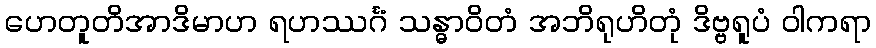
ဟေတူတိအာဒိမာဟ ရဟဿင်္ဂံ သန္ဓာဝိတံ အဘိရုဟိတုံ ဒိဗ္ဗရူပံ ဝါကရာ